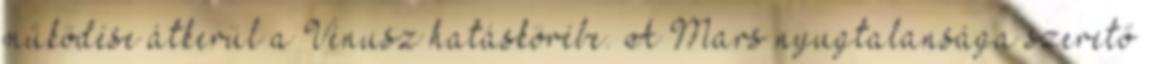
működése átkerül a Vénusz hatáskörébe. A Mars nyugtalansága szerető